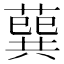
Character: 𦺈